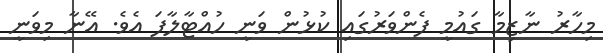
މިހާރު ނާޒިމާ ގައުމީ ފެންވަރުގައި ކުޅުން ވަނީ ހުއްޓާލާފަ އެވެ. އޭނާ މިވަނީ